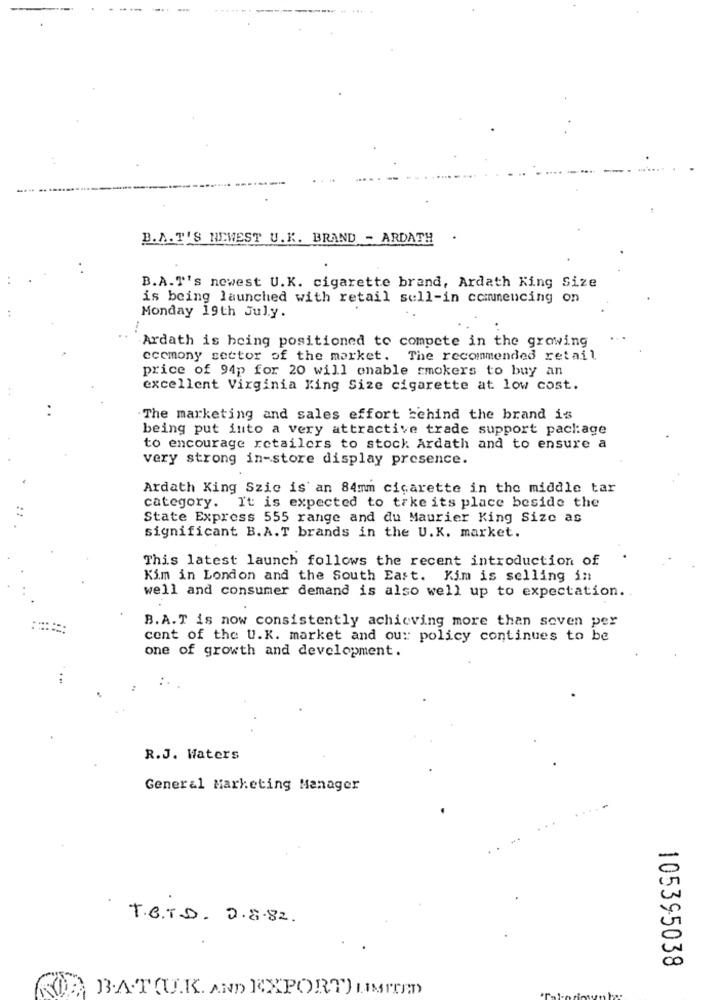
B.A. T'S NEWEST U.K. BRAND - ARDATH
B.A.T's newest U.K. cigarette brand, Ardath King Size
is being launched with retail sell-in commencing on
Monday 19th July.
Ardath is being positioned to compete in the growing
ecemony sector of the market. The recommended retail
price of 94p for 20 will enable smokers to buy an
excellent Virginia King Size cigarette at low cost.
The marketing and sales effort behind the brand is
being put into a very attractive trade support package
to encourage retailers to stock Ardath and to ensure a
very strong in-store display presence.
Ardath King Szic is an 84mm cigarette in the middle tar
category. It is expected to take its place beside the
State Express 555 range and du Maurier King Size as
significant B.A.T brands in the U.K. market.
This latest launch follows the recent introduction of
Kim in London and the South East. Kim is selling in
well and consumer demand is also well up to expectation.
B.A.T is now consistently achieving more than seven per
cent of the U.K. market and ou: policy continues to be
one of growth and development.
R.J. Waters
General Marketing Manager
5
T.B.T.D. 2.8.82.
00
105395038
B.A.T(U.K. AND EXPORT) LIMITED